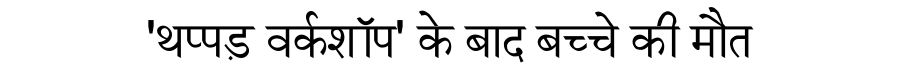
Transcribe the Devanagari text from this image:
'थप्पड़ वर्कशॉप' के बाद बच्चे की मौत